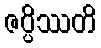
ဇပ္ပိဿတိ